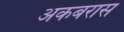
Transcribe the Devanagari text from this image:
अकबरास